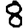
Digit: 8